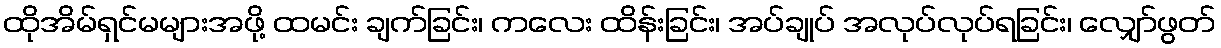
ထိုအိမ်ရှင်မများအဖို့ ထမင်း ချက်ခြင်း၊ ကလေး ထိန်းခြင်း၊ အပ်ချုပ် အလုပ်လုပ်ရခြင်း၊ လျှော်ဖွတ်